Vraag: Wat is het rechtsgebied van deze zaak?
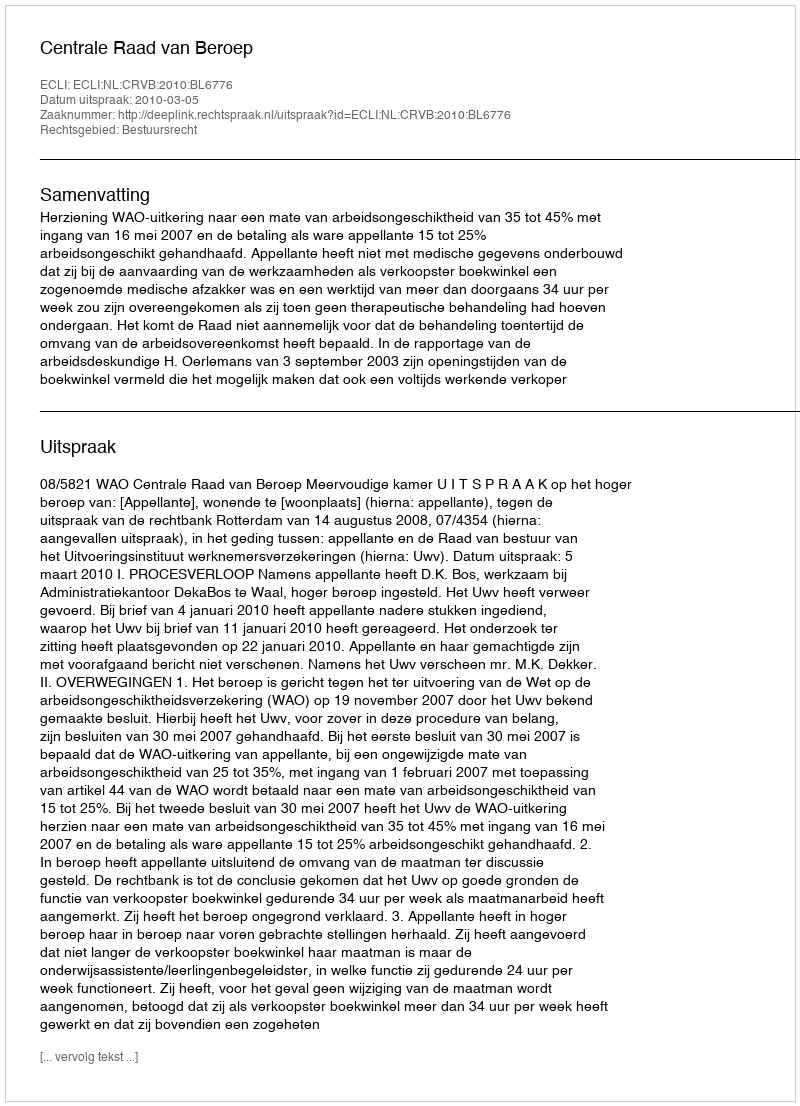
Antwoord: Bestuursrecht